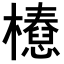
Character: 𣞝